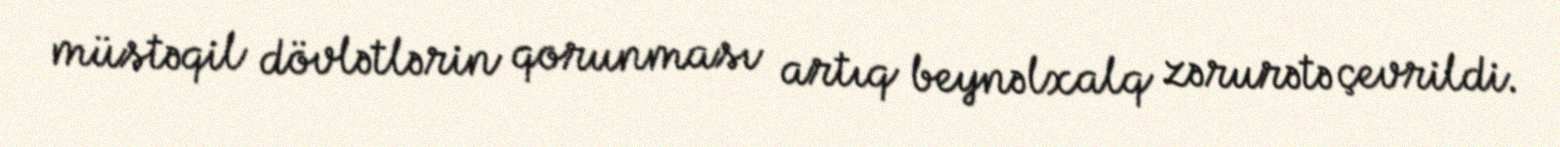
müstəqil dövlətlərin qorunması artıq beynəlxalq zərurətə çevrildi.